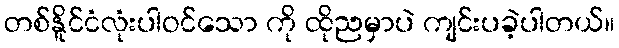
တစ်နိူင်ငံလုံးပါဝင်သော ကို ထိုညမှာပဲ ကျင်းပခဲ့ပါတယ်။